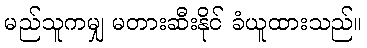
မည်သူကမျှ မတားဆီးနိုင် ခံယူထားသည်။